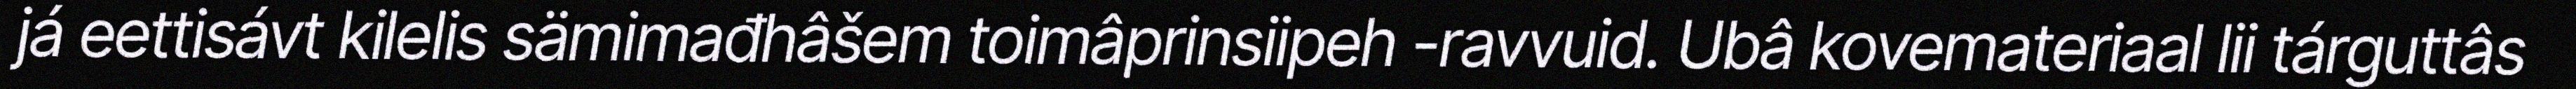
já eettisávt kilelis sämimađhâšem toimâprinsiipeh -ravvuid. Ubâ kovemateriaal lii tárguttâs